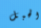
الحبل